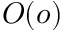
O ( o )